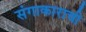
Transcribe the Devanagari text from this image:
संगाकाराची